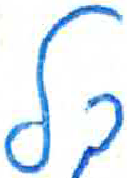
אות: ל